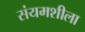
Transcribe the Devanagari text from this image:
संयमशीला